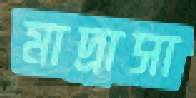
মাদ্রাসা